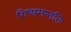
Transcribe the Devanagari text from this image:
शिष्यमन्ततिः